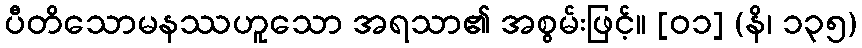
ပီတိသောမနဿဟူသော အရသာ၏ အစွမ်းဖြင့်။ [၀၁] (နိ၊ ၁၃၅)